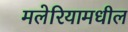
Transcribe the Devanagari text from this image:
मलेरियामधील